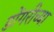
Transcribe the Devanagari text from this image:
डोंगरीच्या